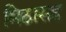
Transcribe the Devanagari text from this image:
मिठासह